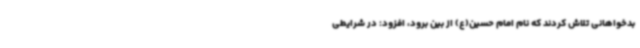
بدخواهانی تلاش کردند که نام امام حسین(ع) از بین برود، افزود: در شرایطی